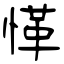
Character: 愅